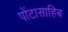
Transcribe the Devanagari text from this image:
पोंटासाहिब